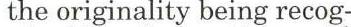
 the originality being recog-